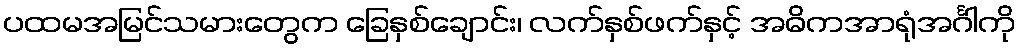
ပထမအမြင်သမားတွေက ခြေနှစ်ချောင်း၊ လက်နှစ်ဖက်နှင့် အဓိကအာရုံအင်္ဂါကို